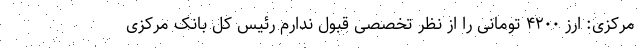
مرکزی: ارز ۴۲۰۰ تومانی را از نظر تخصصی قبول ندارم رئیس کل بانک مرکزی